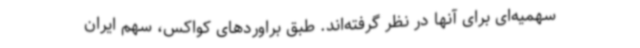
سهمیه‌ای برای آنها در نظر گرفته‌اند. طبق براوردهای کواکس، سهم ایران